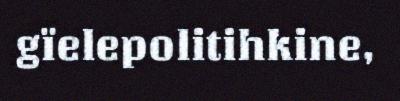
gïelepolitihkine,